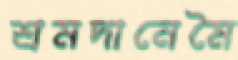
শ্রমদানেমৈ